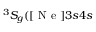
^ 3 S _ { g } ( [ \mathrm { ~ N ~ e ~ } ] 3 s 4 s